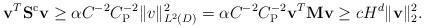
LaTeX: \begin{align*} \mathbf{v}^T \mathbf{S}^\mathrm{c} \mathbf{v}\geq \alpha C^{-2}C_\mathrm{P}^{-2}\|v\|_{L^2(D)}^2 = \alpha C^{-2}C_\mathrm{P}^{-2}\mathbf{v}^T\mathbf{M}\mathbf{v} \geq cH^{d} \|\mathbf{v}\|_2^2.\end{align*}